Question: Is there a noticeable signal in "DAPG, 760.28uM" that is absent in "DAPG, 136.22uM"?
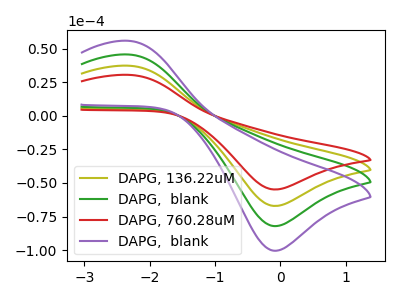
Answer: <think>The olive curve "DAPG, 136.22uM" has an anodic peak at (-2.30V, 37.25uA) and a cathodic peak at (-0.10V, -67.10uA). The green curve "DAPG,  blank" has an anodic peak at (-2.30V, 74.45uA) and a cathodic peak at (-0.10V, -134.15uA). The red curve "DAPG, 760.28uM" has an anodic peak at (-2.30V, 30.45uA) and a cathodic peak at (-0.10V, -54.85uA). The purple curve "DAPG,  blank" has an anodic peak at (-2.30V, 111.70uA) and a cathodic peak at (-0.10V, -201.25uA).
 All the peaks in "DAPG, 760.28uM" have a peak in "DAPG, 136.22uM" at the same potential. Every peak in "DAPG, 760.28uM" is lower than every peak in "DAPG, 136.22uM".</think>
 <answer>No, "DAPG, 760.28uM" and "DAPG, 136.22uM" don't appear to be significantly different in shape</answer>
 <eval>no_change</eval>